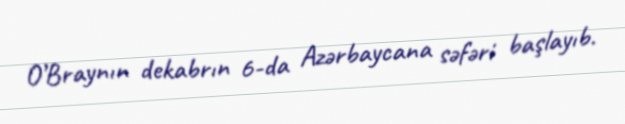
O’Braynın dekabrın 6-da Azərbaycana səfəri başlayıb.